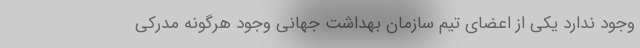
وجود ندارد یکی از اعضای تیم سازمان بهداشت جهانی وجود هرگونه مدرکی